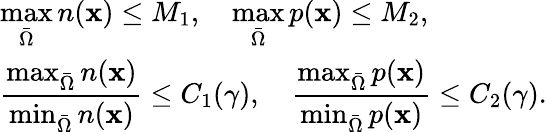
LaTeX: \begin{array}{l}{\displaystyle\operatorname*{max}_{\bar{\Omega}}n(\mathbf x)\leq M_{1},\quad\displaystyle\operatorname*{max}_{\bar{\Omega}}p(\mathbf x)\leq M_{2},}\\ {\displaystyle\frac{\operatorname*{max}_{\bar{\Omega}}n(\mathbf x)}{\operatorname*{min}_{\bar{\Omega}}n(\mathbf x)}\leq C_{1}(\gamma),\quad\displaystyle\frac{\operatorname*{max}_{\bar{\Omega}}p(\mathbf x)}{\operatorname*{min}_{\bar{\Omega}}p(\mathbf x)}\leq C_{2}(\gamma).}\end{array}